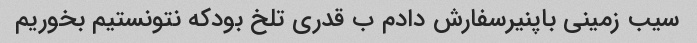
سیب زمینی باپنیرسفارش دادم ب قدری تلخ بودکه نتونستیم بخوریم